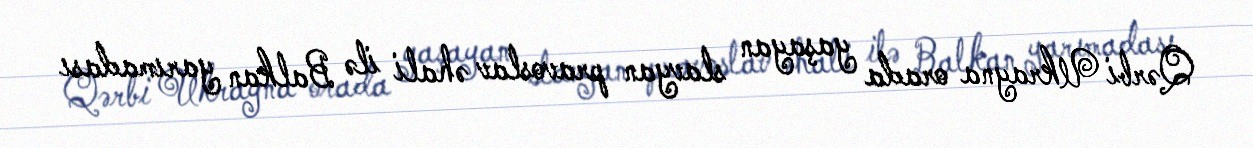
Qərbi Ukrayna orada yaşayan slavyan pravoslav əhali ilə Balkan yarımadası